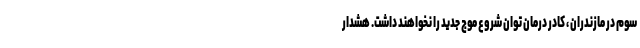
سوم در مازندران ، کادر درمان توان شروع موج جدید را نخواهند داشت. هشدار